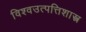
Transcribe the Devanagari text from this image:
विश्वउत्पत्तिशास्त्र